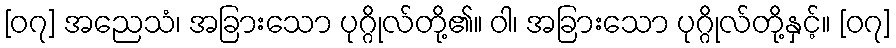
[၀၇] အညေသံ၊ အခြားသော ပုဂ္ဂိုလ်တို့၏။ ဝါ၊ အခြားသော ပုဂ္ဂိုလ်တို့နှင့်။ [၀၇]